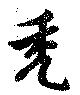
禿